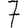
Digit: 7